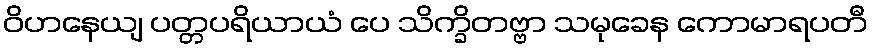
ဝိဟနေယျ ပတ္တပရိယာယံ ပေ သိက္ခိတဗ္ဗာ သမုခေန ကောမာရပတီ